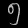
Digit: ၅